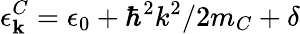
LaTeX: \epsilon_{\mathbf{k}}^{C}=\epsilon_{0}+\hbar^{2}k^{2}/2m_{C}+\delta